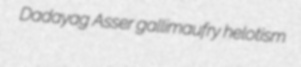
Dadayag Asser gallimaufry helotism